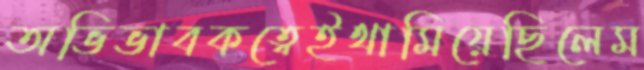
অভিভাবকত্বেইথামিয়েছিলেম